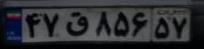
۴۷ق۸۶۵۵۷